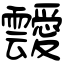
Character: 靉